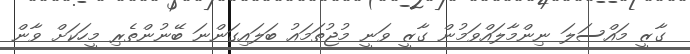
ގާޒީ މައްސަލަ ނިންމާލައްވަމުން ގާޒީ ވަނީ މުޖުތަމައު ބަލައިގަންނަ ބޭނުންތެރި މީހަކަށް ވާން